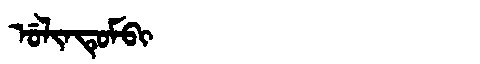
Manchu: ᡠᠯᡳᠨᡨᡠᠮᠪᡳ
Romanization: ULINTUMBI